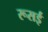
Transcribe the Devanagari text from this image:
रूसई